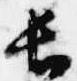
長